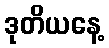
ဒုတိယနေ့